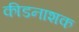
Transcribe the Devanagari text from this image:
कीडनाशक